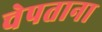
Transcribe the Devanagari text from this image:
चेपताना